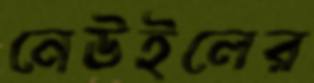
নেউইলের